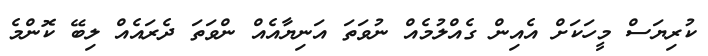
ކުރިޔަސް މީހަކަށް އެއިން ގެއްލުމެއް ނުވަތަ އަނިޔާއެއް ންވަތަ ދެރައެއް ލިބޭ ކޮންމެ